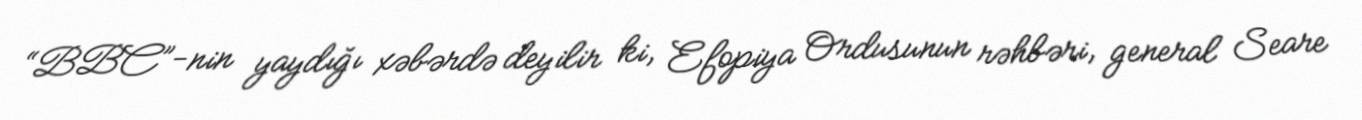
“BBC”-nin yaydığı xəbərdə deyilir ki, Efopiya Ordusunun rəhbəri, general Seare